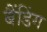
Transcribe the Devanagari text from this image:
बैंडिंग